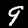
Digit: 9